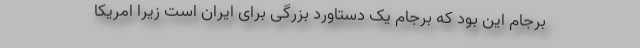
برجام این بود که برجام یک دستاورد بزرگی برای ایران است زیرا امریکا